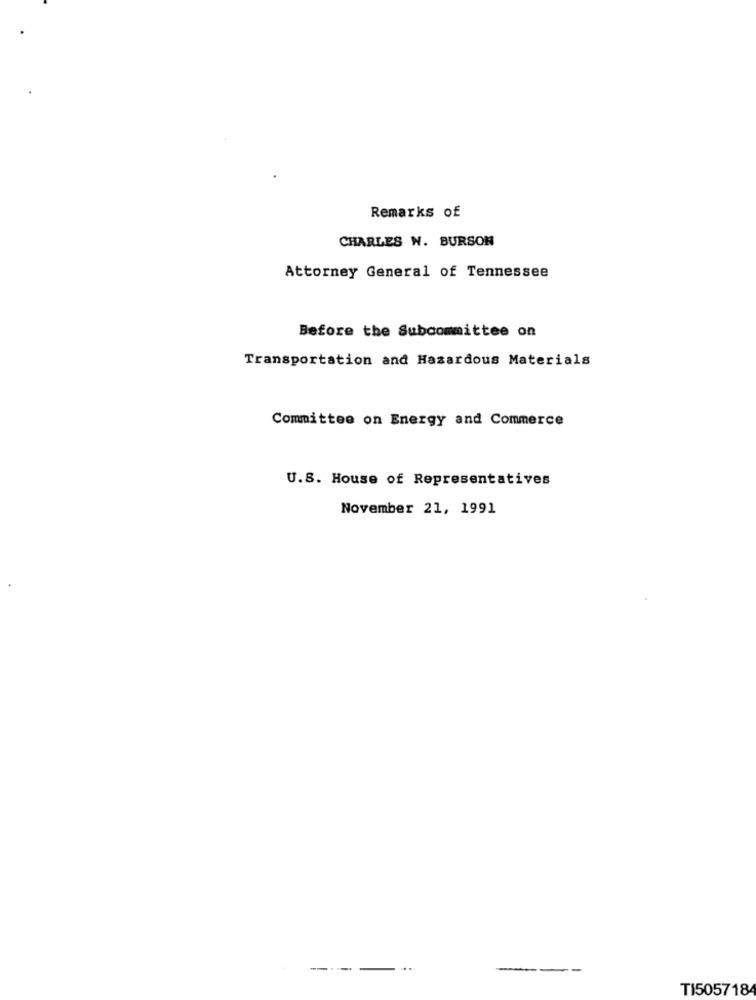
Remarks of
CHARLES W. BURSON
Attorney General of Tennessee
Before the Subcommittee on
Transportation and Hazardous Materials
Committee on Energy and Commerce
U.S. House of Representatives
November 21, 1991
-----
---
TI505718